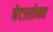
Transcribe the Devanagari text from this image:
बेटासोबत